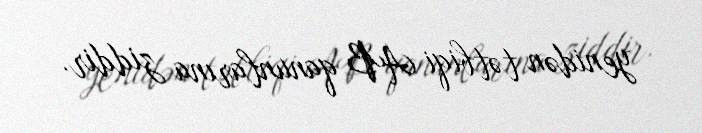
yenidən tətbiqi AB qanunlarına ziddir.